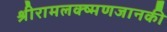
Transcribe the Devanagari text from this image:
श्रीरामलक्ष्मणजानकी